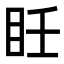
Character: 𥄮